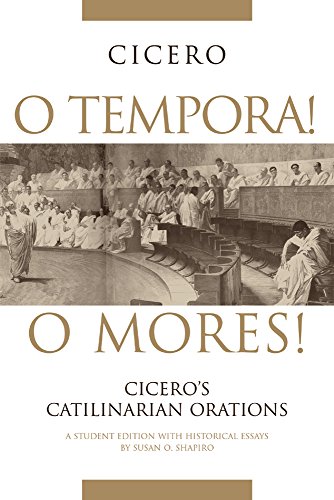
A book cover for O Tempora! O Mores!: Cicero's Catilinarian Orations, A Student Edition with Historical Essays; Susan O. Shapiro; Literature & Fiction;